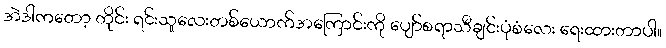
အဲဒါကတော့ တိုင်း ရင်းသူလေးတစ်ယောက်အကြောင်းကို ပျော်စရာသီချင်းပုံစံလေး ရေးထားတာပါ။